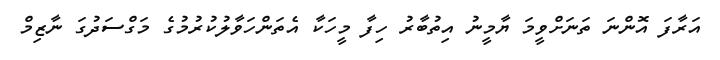
އަރާފަ އޮންނަ ތަނަށްވީމަ ޔާމީނު އިތުބާރު ހިފާ މީހަކާ އެތަންހަވާލުކުރުމުގެ މަގްސަދުގަ ނާޒިމް